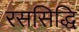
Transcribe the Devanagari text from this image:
रससिद्धि